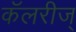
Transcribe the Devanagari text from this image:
कॅलरीज्‌